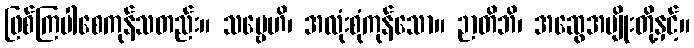
ဖြစ်ကြပါစေကုန်သတည်း။ သဗ္ဗေဟိ၊ အလုံးစုံကုန်သော။ ဉာတိဘိ၊ အဆွေအမျိုးတို့နှင့်။